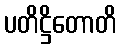
ပတိဋ္ဌိတောတိ